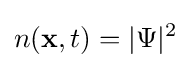
n(\mathbf {x} ,t)=\vert \Psi \vert ^{2}